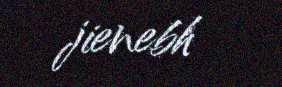
jienebh